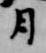
月